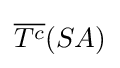
{\textstyle {\overline {T^{c}}}(SA)}